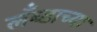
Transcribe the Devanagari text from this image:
लँब्डाच्या